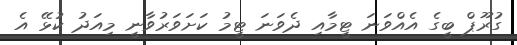
ގުރޫޕް ބީގެ އެއްވަނަ ޓީމާއި ދެވަނަ ޓީމު ކަށަވަރުވާނީ މިއަދު ކުޅޭ އެ